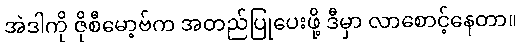
အဲဒါကို ဇိုစီမော့ဗ်က အတည်ပြုပေးဖို့ ဒီမှာ လာစောင့်နေတာ။